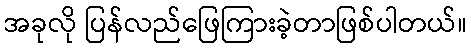
အခုလို ပြန်လည်ဖြေကြားခဲ့တာဖြစ်ပါတယ်။